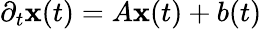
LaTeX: \partial_{t}\mathbf{x}(t)=A\mathbf{x}(t)+b(t)